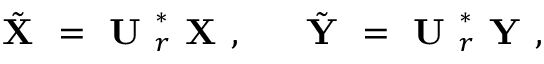
\tilde { \textbf { X } } = \textbf { U } _ { r } ^ { * } \textbf { X } , \ \ \ \ \tilde { \textbf { Y } } = \textbf { U } _ { r } ^ { * } \textbf { Y } ,